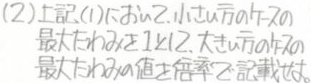
(2)上記(1)より$2.1 小さい方の\alpha - 2\alpha$最大となる$x \geq 1$において$\alpha + 2\alpha$最大となる$\alpha$値を答えよ。